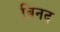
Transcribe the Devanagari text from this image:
बिनद